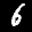
Label: 6